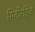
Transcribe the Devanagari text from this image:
मितीरहित